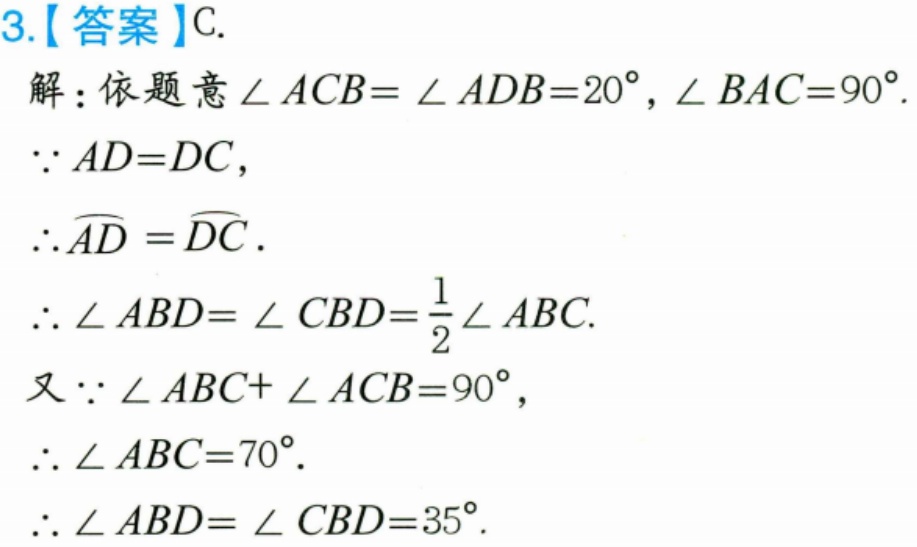
3.【答案】C.
解：依题意\(\angle ACB = \angle ADB = 20^{\circ}\), \(\angle BAC = 90^{\circ}\).
\(\because AD = DC\),
\(\therefore\overset{\frown}{AD}=\overset{\frown}{DC}\).
\(\therefore\angle ABD=\angle CBD=\frac{1}{2}\angle ABC\).
又\(\because\angle ABC+\angle ACB = 90^{\circ}\),
\(\therefore\angle ABC = 70^{\circ}\).
\(\therefore\angle ABD=\angle CBD = 35^{\circ}\).